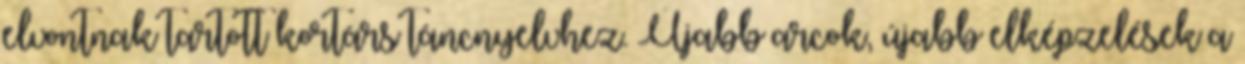
elvontnak tartott kortárs táncnyelvhez. Újabb arcok, újabb elképzelések a